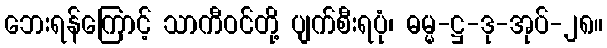
ဘေးရန်ကြောင့် သာကီဝင်တို့ ပျက်စီးရပုံ၊ ဓမ္မ-ဋ္ဌ-ဒု-အုပ်-၂၈။